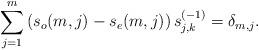
LaTeX: \begin{align*} \sum_{j=1}^{m} \left(s_o(m, j) - s_e(m, j)\right) s_{j,k}^{(-1)} & = \delta_{m,j}. \end{align*}